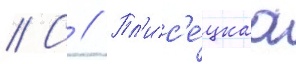
// С // Пл'ис'е́цкаа